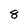
Character: 8